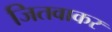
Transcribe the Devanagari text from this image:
जितवाकर